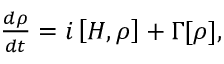
\begin{array} { r } { \frac { d \rho } { d t } = i \left[ { \cal H , \rho } \right] + \Gamma [ \rho ] , } \end{array}